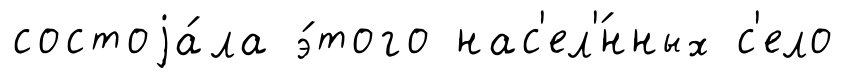
состоjа́ла э́того нас'ел'́нных с'ело